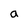
Character: a